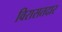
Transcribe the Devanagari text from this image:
विरासतदार